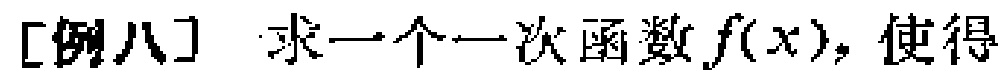
[例八] 求一个一次函数\(f(x)\)，使得